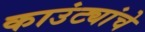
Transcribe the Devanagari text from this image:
काउंट्यांचे